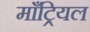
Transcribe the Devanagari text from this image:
माँट्रियल